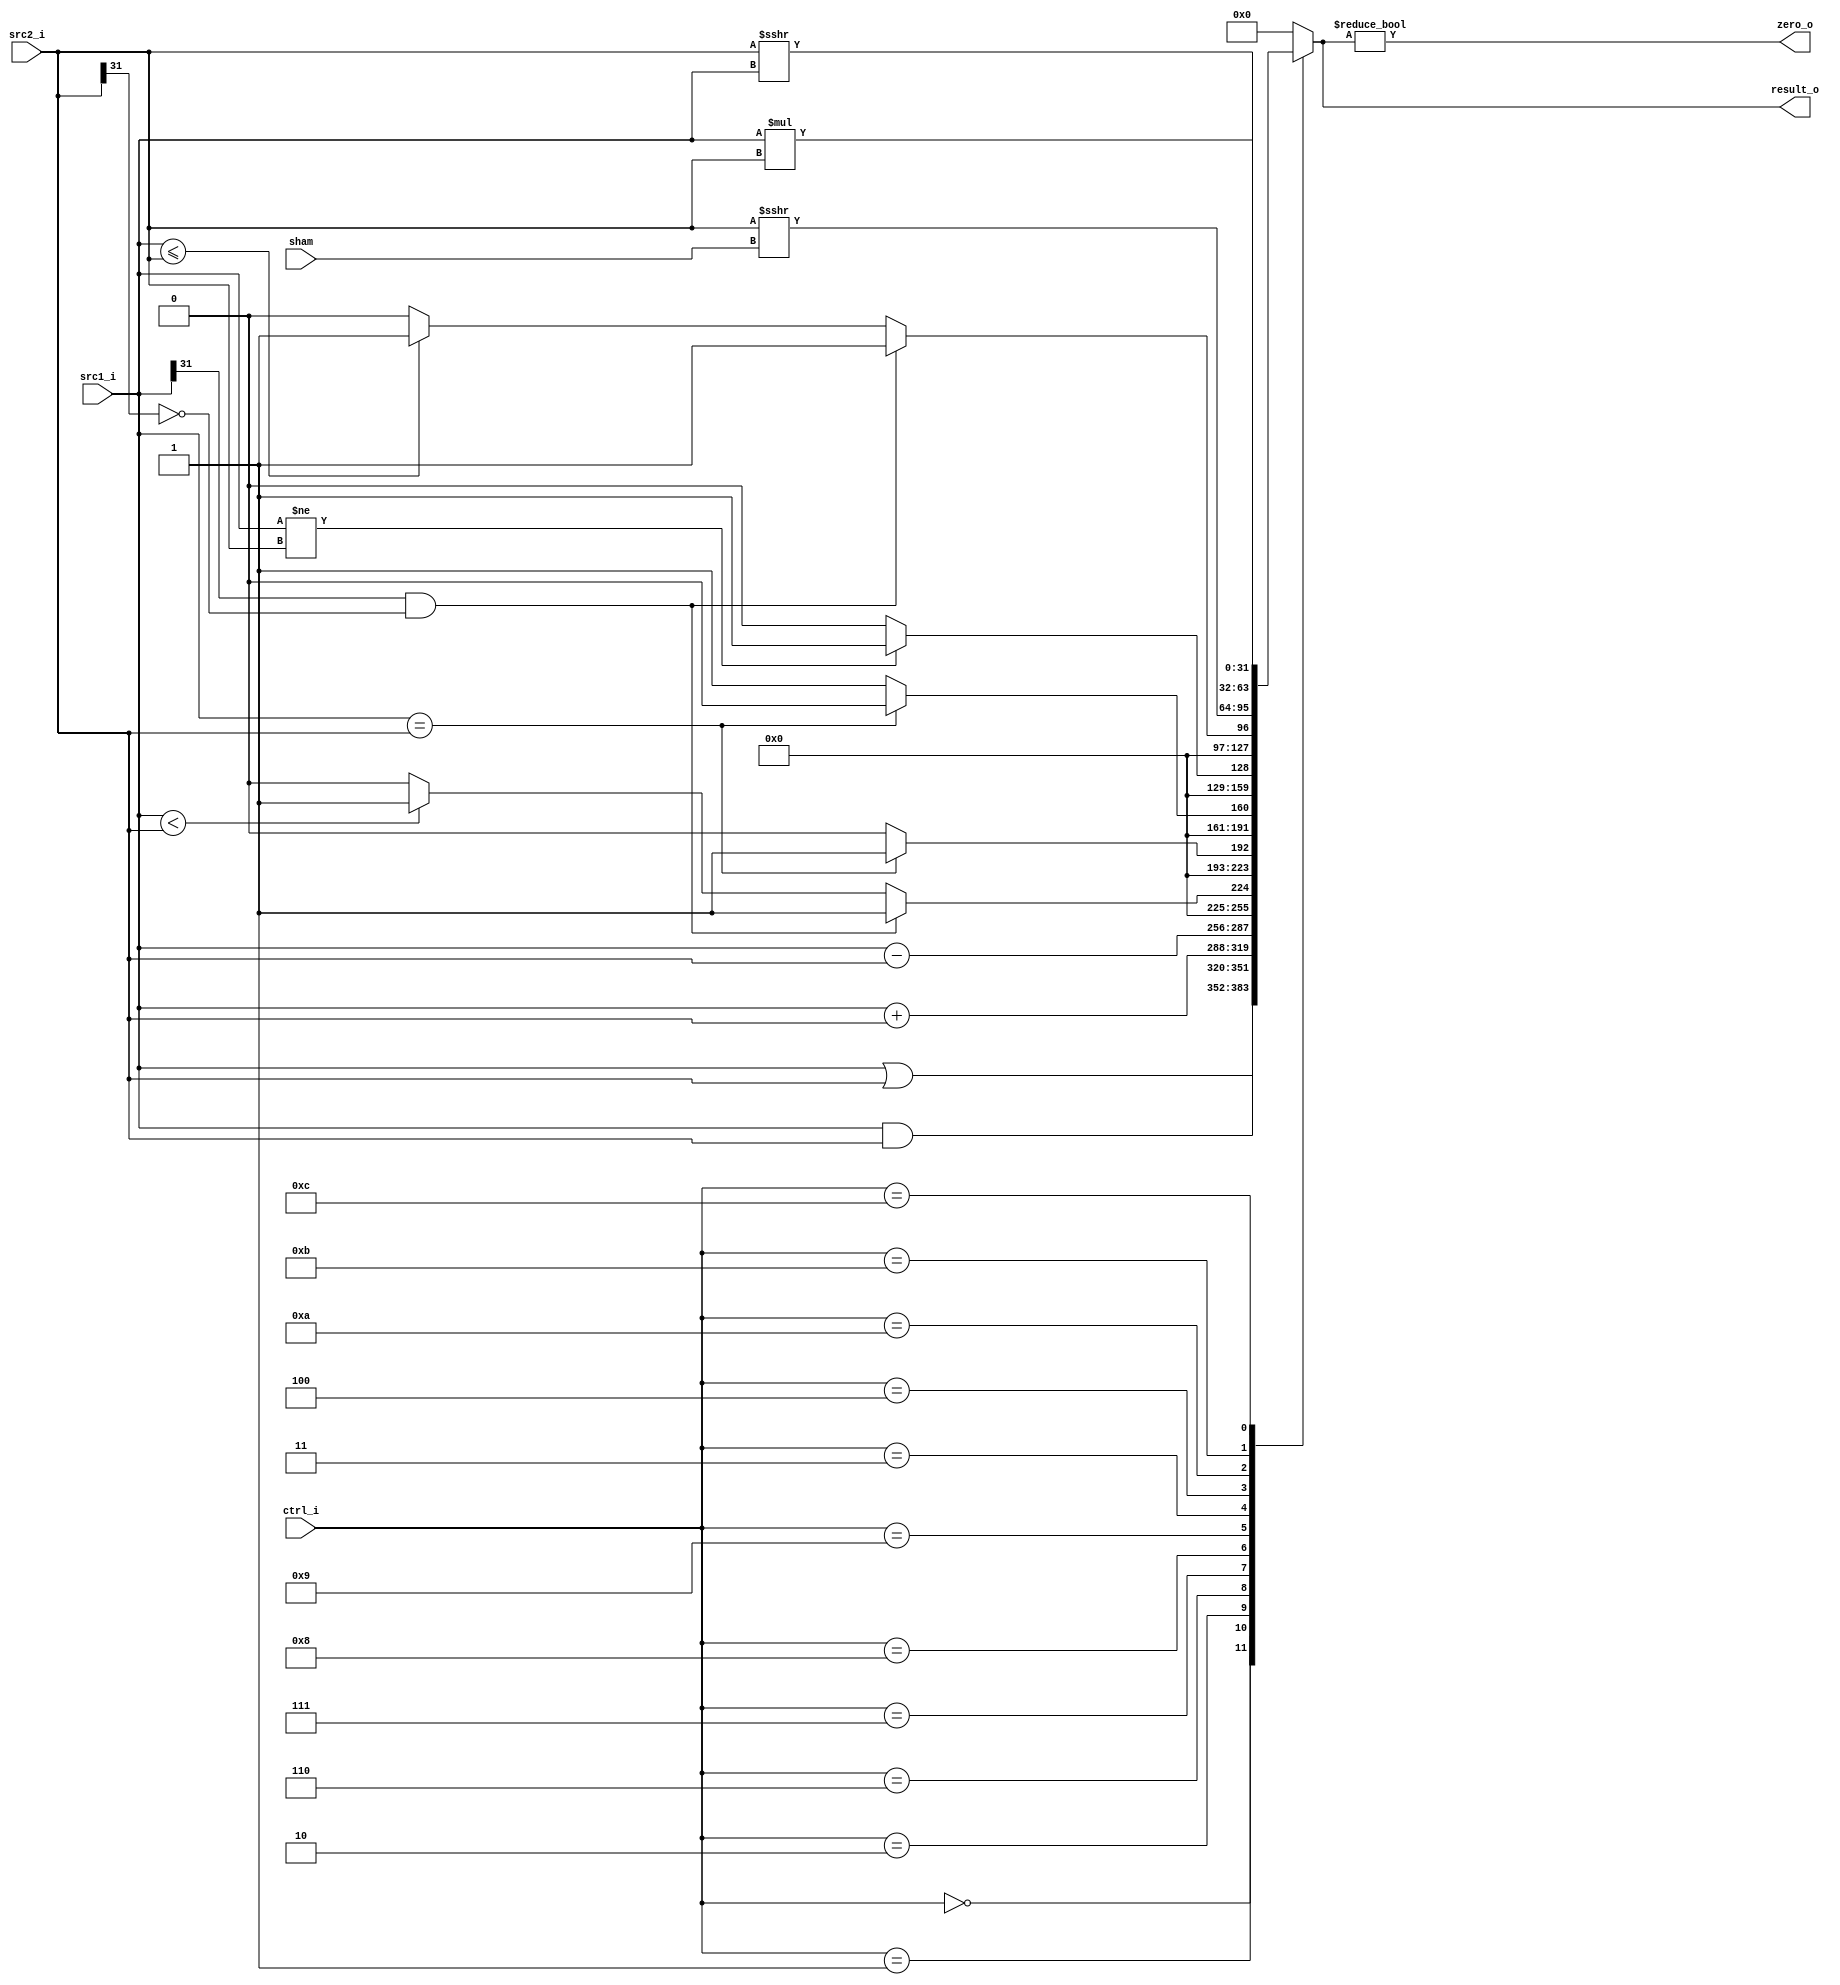
//Subject:     CO project 2 - ALU
//--------------------------------------------------------------------------------
//Version:     1
//--------------------------------------------------------------------------------
//Writer:      
//----------------------------------------------
//Date:        
//----------------------------------------------
//Description: 
//--------------------------------------------------------------------------------

module ALU(
    src1_i,
	src2_i,
	ctrl_i,
	result_o,
	zero_o,
	sham
	);
     
//I/O ports
input  [32-1:0]  src1_i;
input  [32-1:0]	 src2_i;
input  [4-1:0]   ctrl_i;
input  [5-1:0] sham;
output [32-1:0]	 result_o;
output           zero_o;

//Internal signals

reg    [32-1:0]  result_o;
wire             zero_o;

//Parameter

//Main function
assign zero_o = (result_o!=0);
always @(*) begin
	case(ctrl_i)
		0:result_o <= src1_i&src2_i;
		1:result_o <= src1_i|src2_i;
		2:result_o <= src1_i+src2_i;
		6:result_o <= src1_i-src2_i;
		7: begin//blt
		if(src1_i[31]==1 && src2_i[31]==0) result_o<=1;
		else if(src2_i[31]==0 && src2_i[31]==1) result_o<=0;
		else begin
			result_o <= (src1_i < src2_i)?1:0;
			end
		end
		8:result_o <= (src1_i==src2_i)?1'b1:1'b0;
		9:result_o <= (src1_i==src2_i)?1'b0:1'b1;

		// 3:result_o <= src2_i << 16;//Load
		3:result_o <= (src1_i!=src2_i)?1'b1:1'b0;//bne
		4:begin	//ble
		if(src1_i[31]==1 && src2_i[31]==0) result_o<=1;
		else if(src2_i[31]==0 && src2_i[31]==1) result_o<=0;
		else begin
			result_o <= (src1_i <= src2_i)?1:0;
			end
		
	
		end
		10:result_o <= $signed(src2_i) >>> sham;//shift immediate
		11:result_o <= $signed(src2_i) >>> src1_i;//shift immediate

		12: result_o <= src1_i * src2_i;
		// 13: result_o <= 1;
		default: result_o<=0;
	endcase
end
endmodule